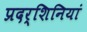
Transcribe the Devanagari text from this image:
प्रदर्शिनियां